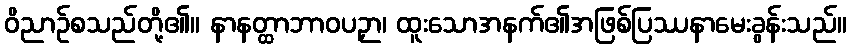
ဝိညာဉ်စသည်တို့၏။ နာနတ္ထာဘာဝပဉှာ၊ ထူးသောအနက်၏အဖြစ်ပြဿနာမေးခွန်းသည်။